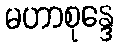
မဟာစုန္ဒေ